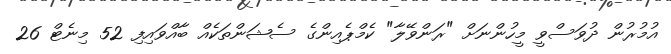
އުމުރުން ދުވަސްވީ މީހުންނަށް "ރަންވޭލާ" ކެމްޕެއިންގެ ސެޝަންތަކެއް ބާއްވައިފި 52 މިނެޓް 26